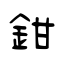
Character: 鉗